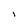
Character: i